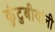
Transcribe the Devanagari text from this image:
कुंटुबीयांनी